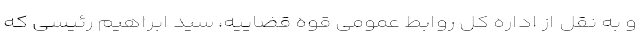
و به نقل از اداره کل روابط عمومی قوه قضاییه، سید ابراهیم رئیسی که